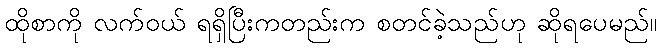
ထိုစာကို လက်ဝယ် ရရှိပြီးကတည်းက စတင်ခဲ့သည်ဟု ဆိုရပေမည်။